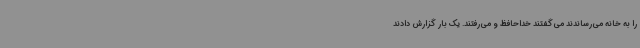
را به خانه می‌رساندند می‌گفتند خداحافظ و می‌رفتند. یک بار گزارش دادند